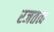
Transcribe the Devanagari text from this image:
रजतत्व